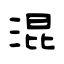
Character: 混